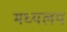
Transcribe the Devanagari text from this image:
मध्‍यलय